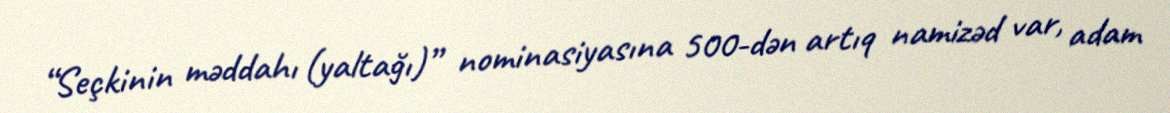
“Seçkinin məddahı (yaltağı)” nominasiyasına 500-dən artıq namizəd var, adam